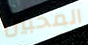
المحبين